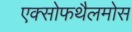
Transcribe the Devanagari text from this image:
एक्सोफथैलमोस